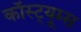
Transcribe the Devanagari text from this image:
कॉस्ट्यूम्स